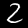
Label: 2